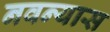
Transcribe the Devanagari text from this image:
नवन्यास